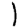
Digit: 1